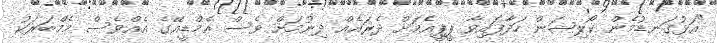
"އަޅުގަނޑުމެން ކޯލިޝަން ހަދާފައިވާ ޕީޕީއެމަށް ދެރައެއް ދިނުމަށް ވެސް އެމްޑީއޭގެ އެއްވެސް މެމްބަރަކު